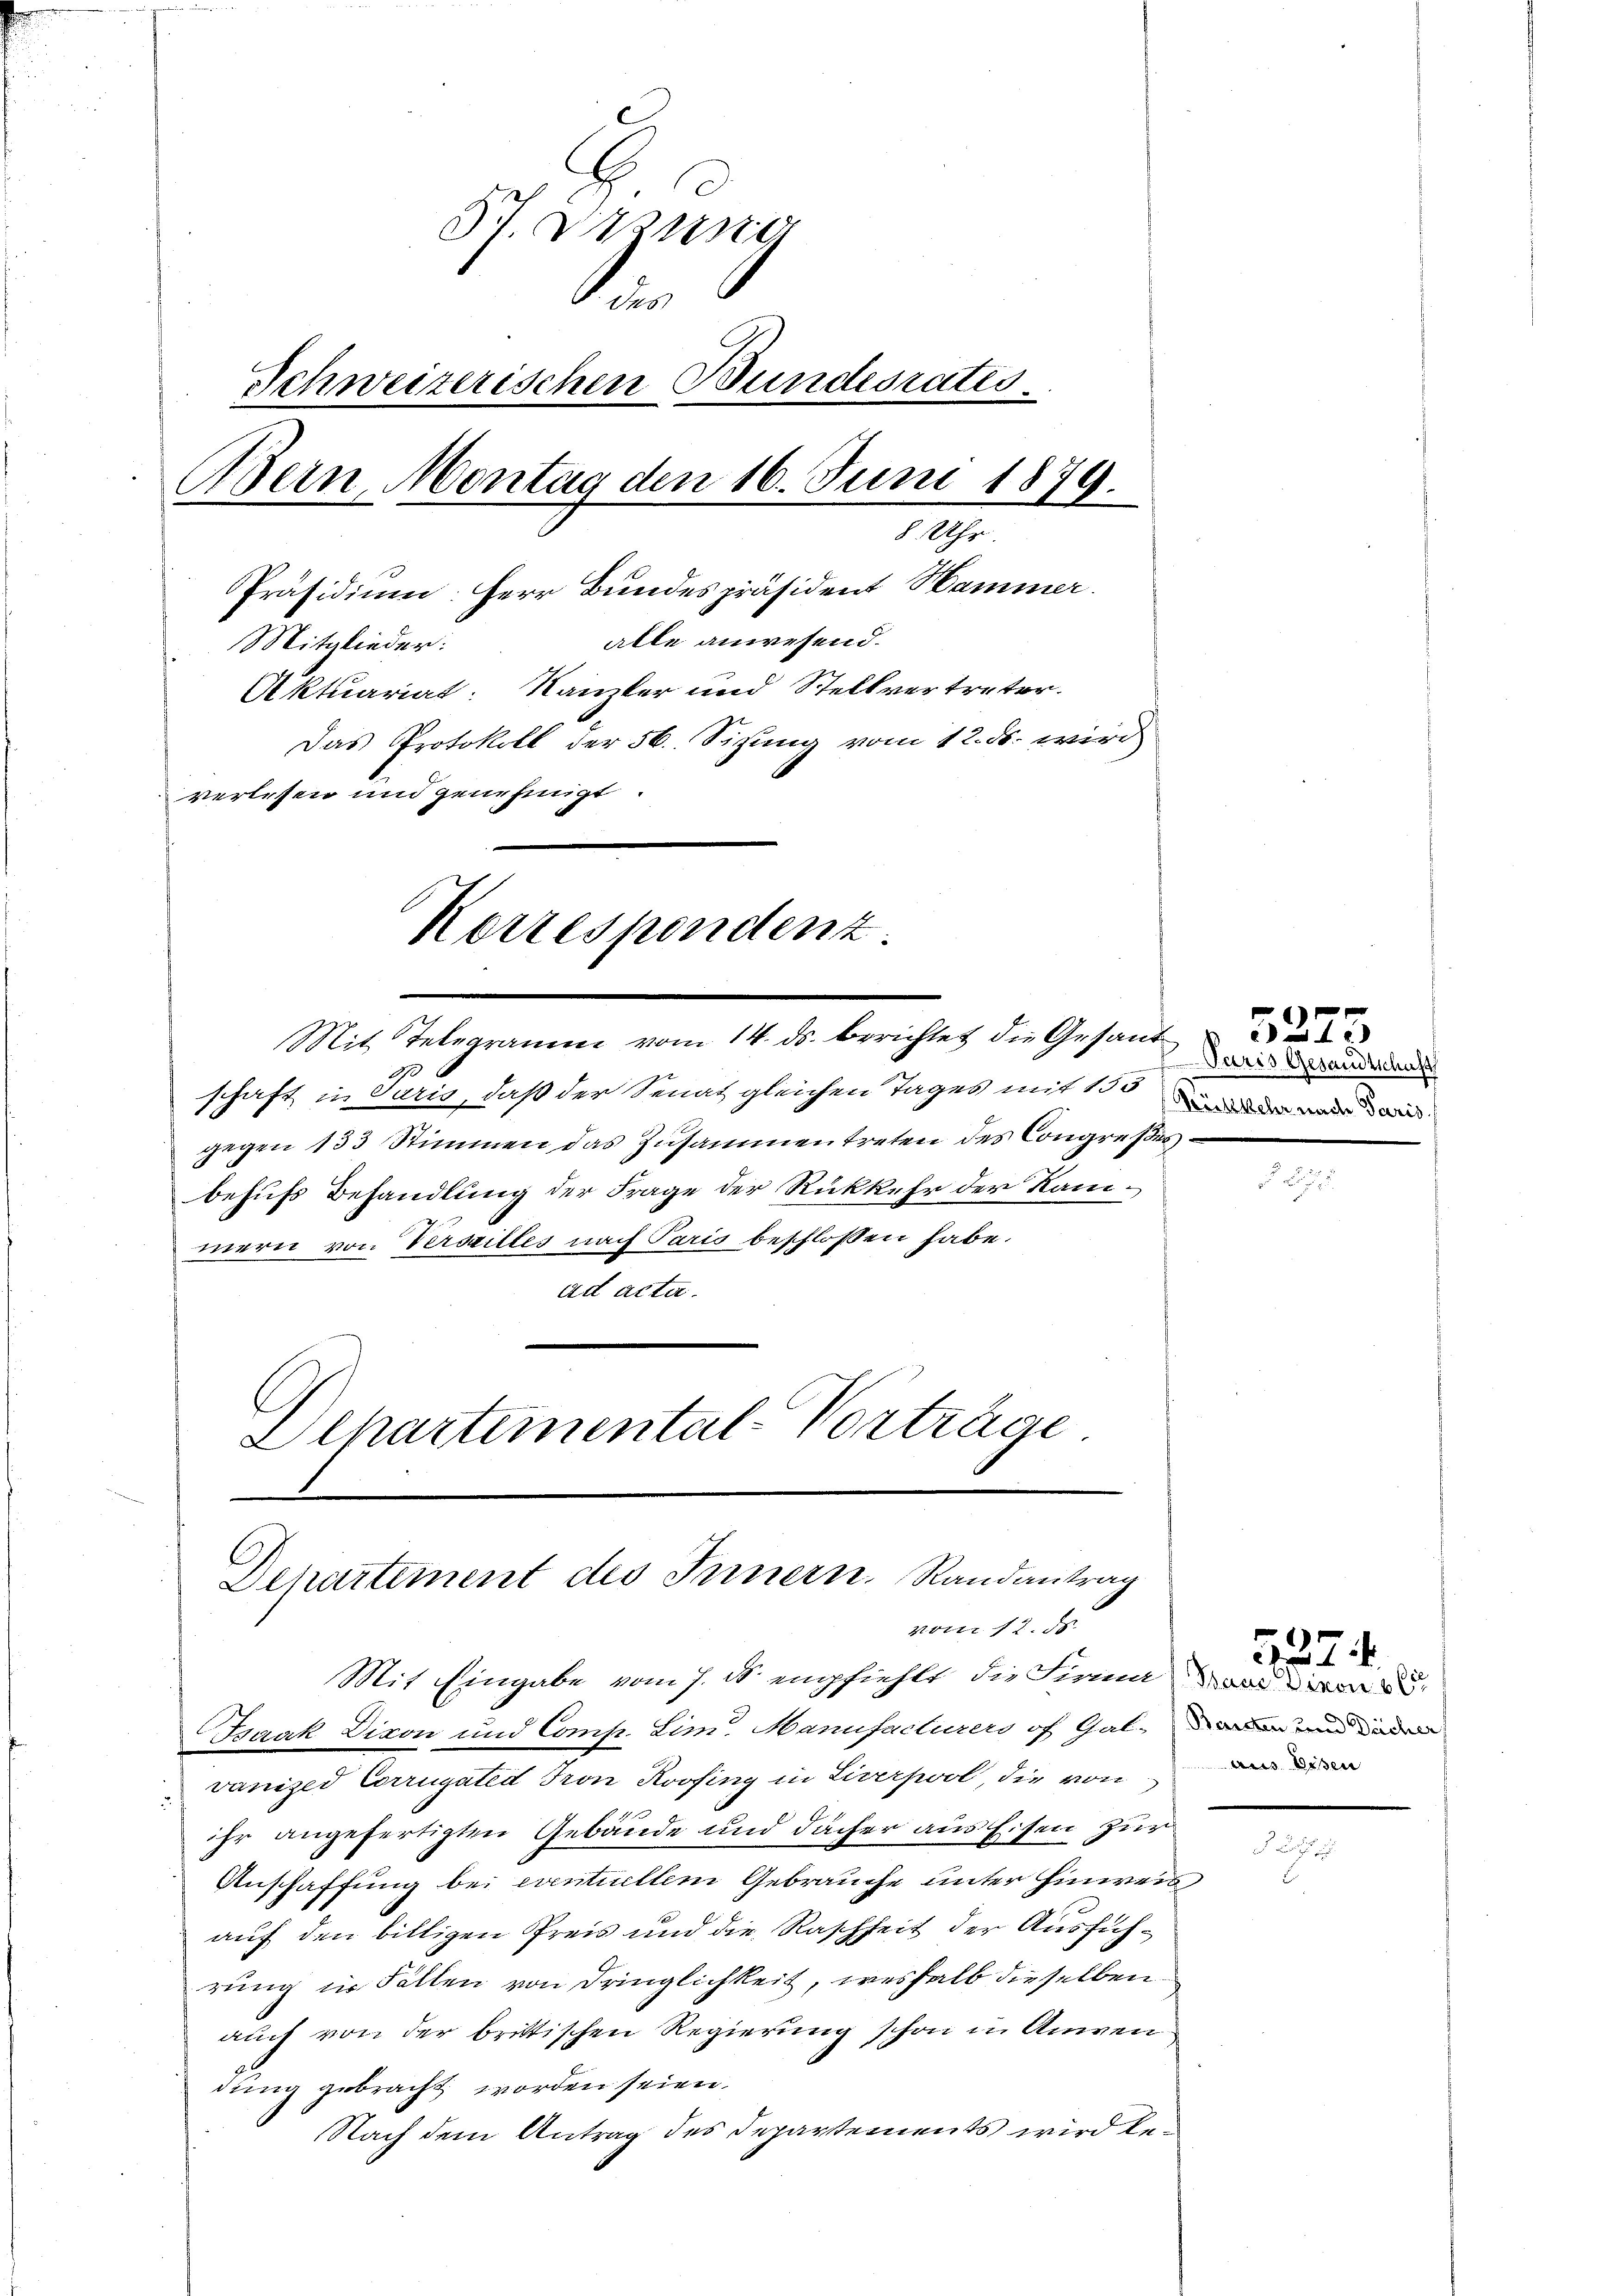
S. Freund
i
Schweizerischen Bundesrates.
Wein, Montag den 16. Juni 1879
1
8 Uhr.
Präsidium: Herr Bundespräsident Hammer.
alle anwesend.
Mitglieder:
Aktuariat: Kanzler und Stellvertreter.
Das Protokoll der 56. Sizung vom 12. ds. wird
verlesen und genehmigt.
Korrespondenz

Mit Telegramm vom 14. ds. berichtet die Gesand
schaft in Juris, daß der Senat gleichen Tages mit 155 der di
gegen 133 Stimmen das Zusammentreten des Congreßes
behufs Behandlung der Frage der Rückkehr der Kanmern von Verseilles nach Paris beschlossen habe.
ad acta.
Dchartemental-Vorträge.

Departement des Innern. Randantrag
vom 12. ds.

Paris Gesandtschaft

Mit Eingabe vom 7. ds. empfiehlt die Firma an
Isaak Dixon und Comp. Lim. Manufacturers of Gal-den und und de
ranizer Corrugates Tron Roofing in Liverpool, die von
ihr angefertigten Gebäude und Dächer aus Eisen zur
Anschaffung bei eventuellem Gebrauche unter hinweis
auf den billigen Preis und die Raschheit der Ausführung in Fällen von Dringlichkeit, weshalb dieselben
auch von der brittischen Regierung schon in Anwen
dung gebracht worden seien.
Nach dem Antrag des Departements wird be¬

5275

aus Eisen

21524